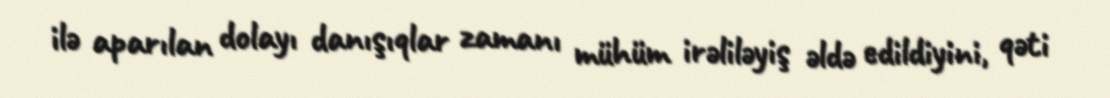
ilə aparılan dolayı danışıqlar zamanı mühüm irəliləyiş əldə edildiyini, qəti